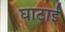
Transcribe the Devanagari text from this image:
घाटाई